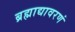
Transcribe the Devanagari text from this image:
ब्रह्माद्यावरणं